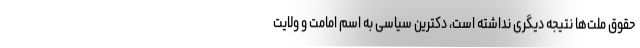
حقوق ملت‌ها نتیجه دیگری نداشته است، دکترین سیاسی به اسم امامت و ولایت